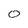
Character: 0